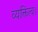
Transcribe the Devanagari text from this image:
व्यक्तित्व।